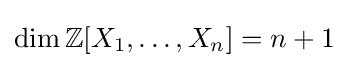
\dim \mathbb {Z} [X_{1},\ldots ,X_{n}]=n+1